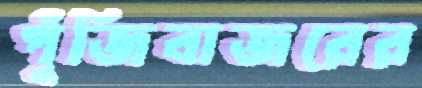
পুঁজিবাজরের